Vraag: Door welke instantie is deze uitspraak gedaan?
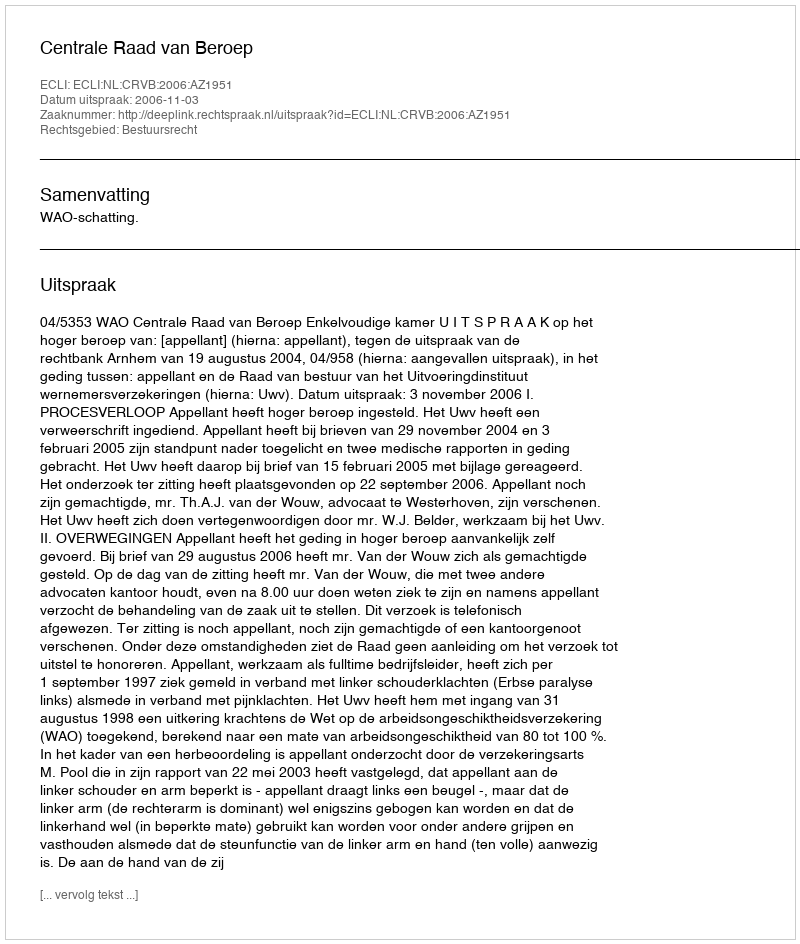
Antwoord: Centrale Raad van Beroep